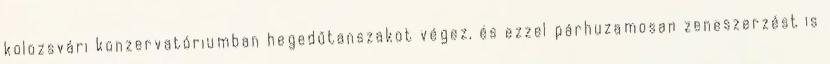
kolozsvári konzervatóriumban hegedűtanszakot végez, és ezzel párhuzamosan zeneszerzést is